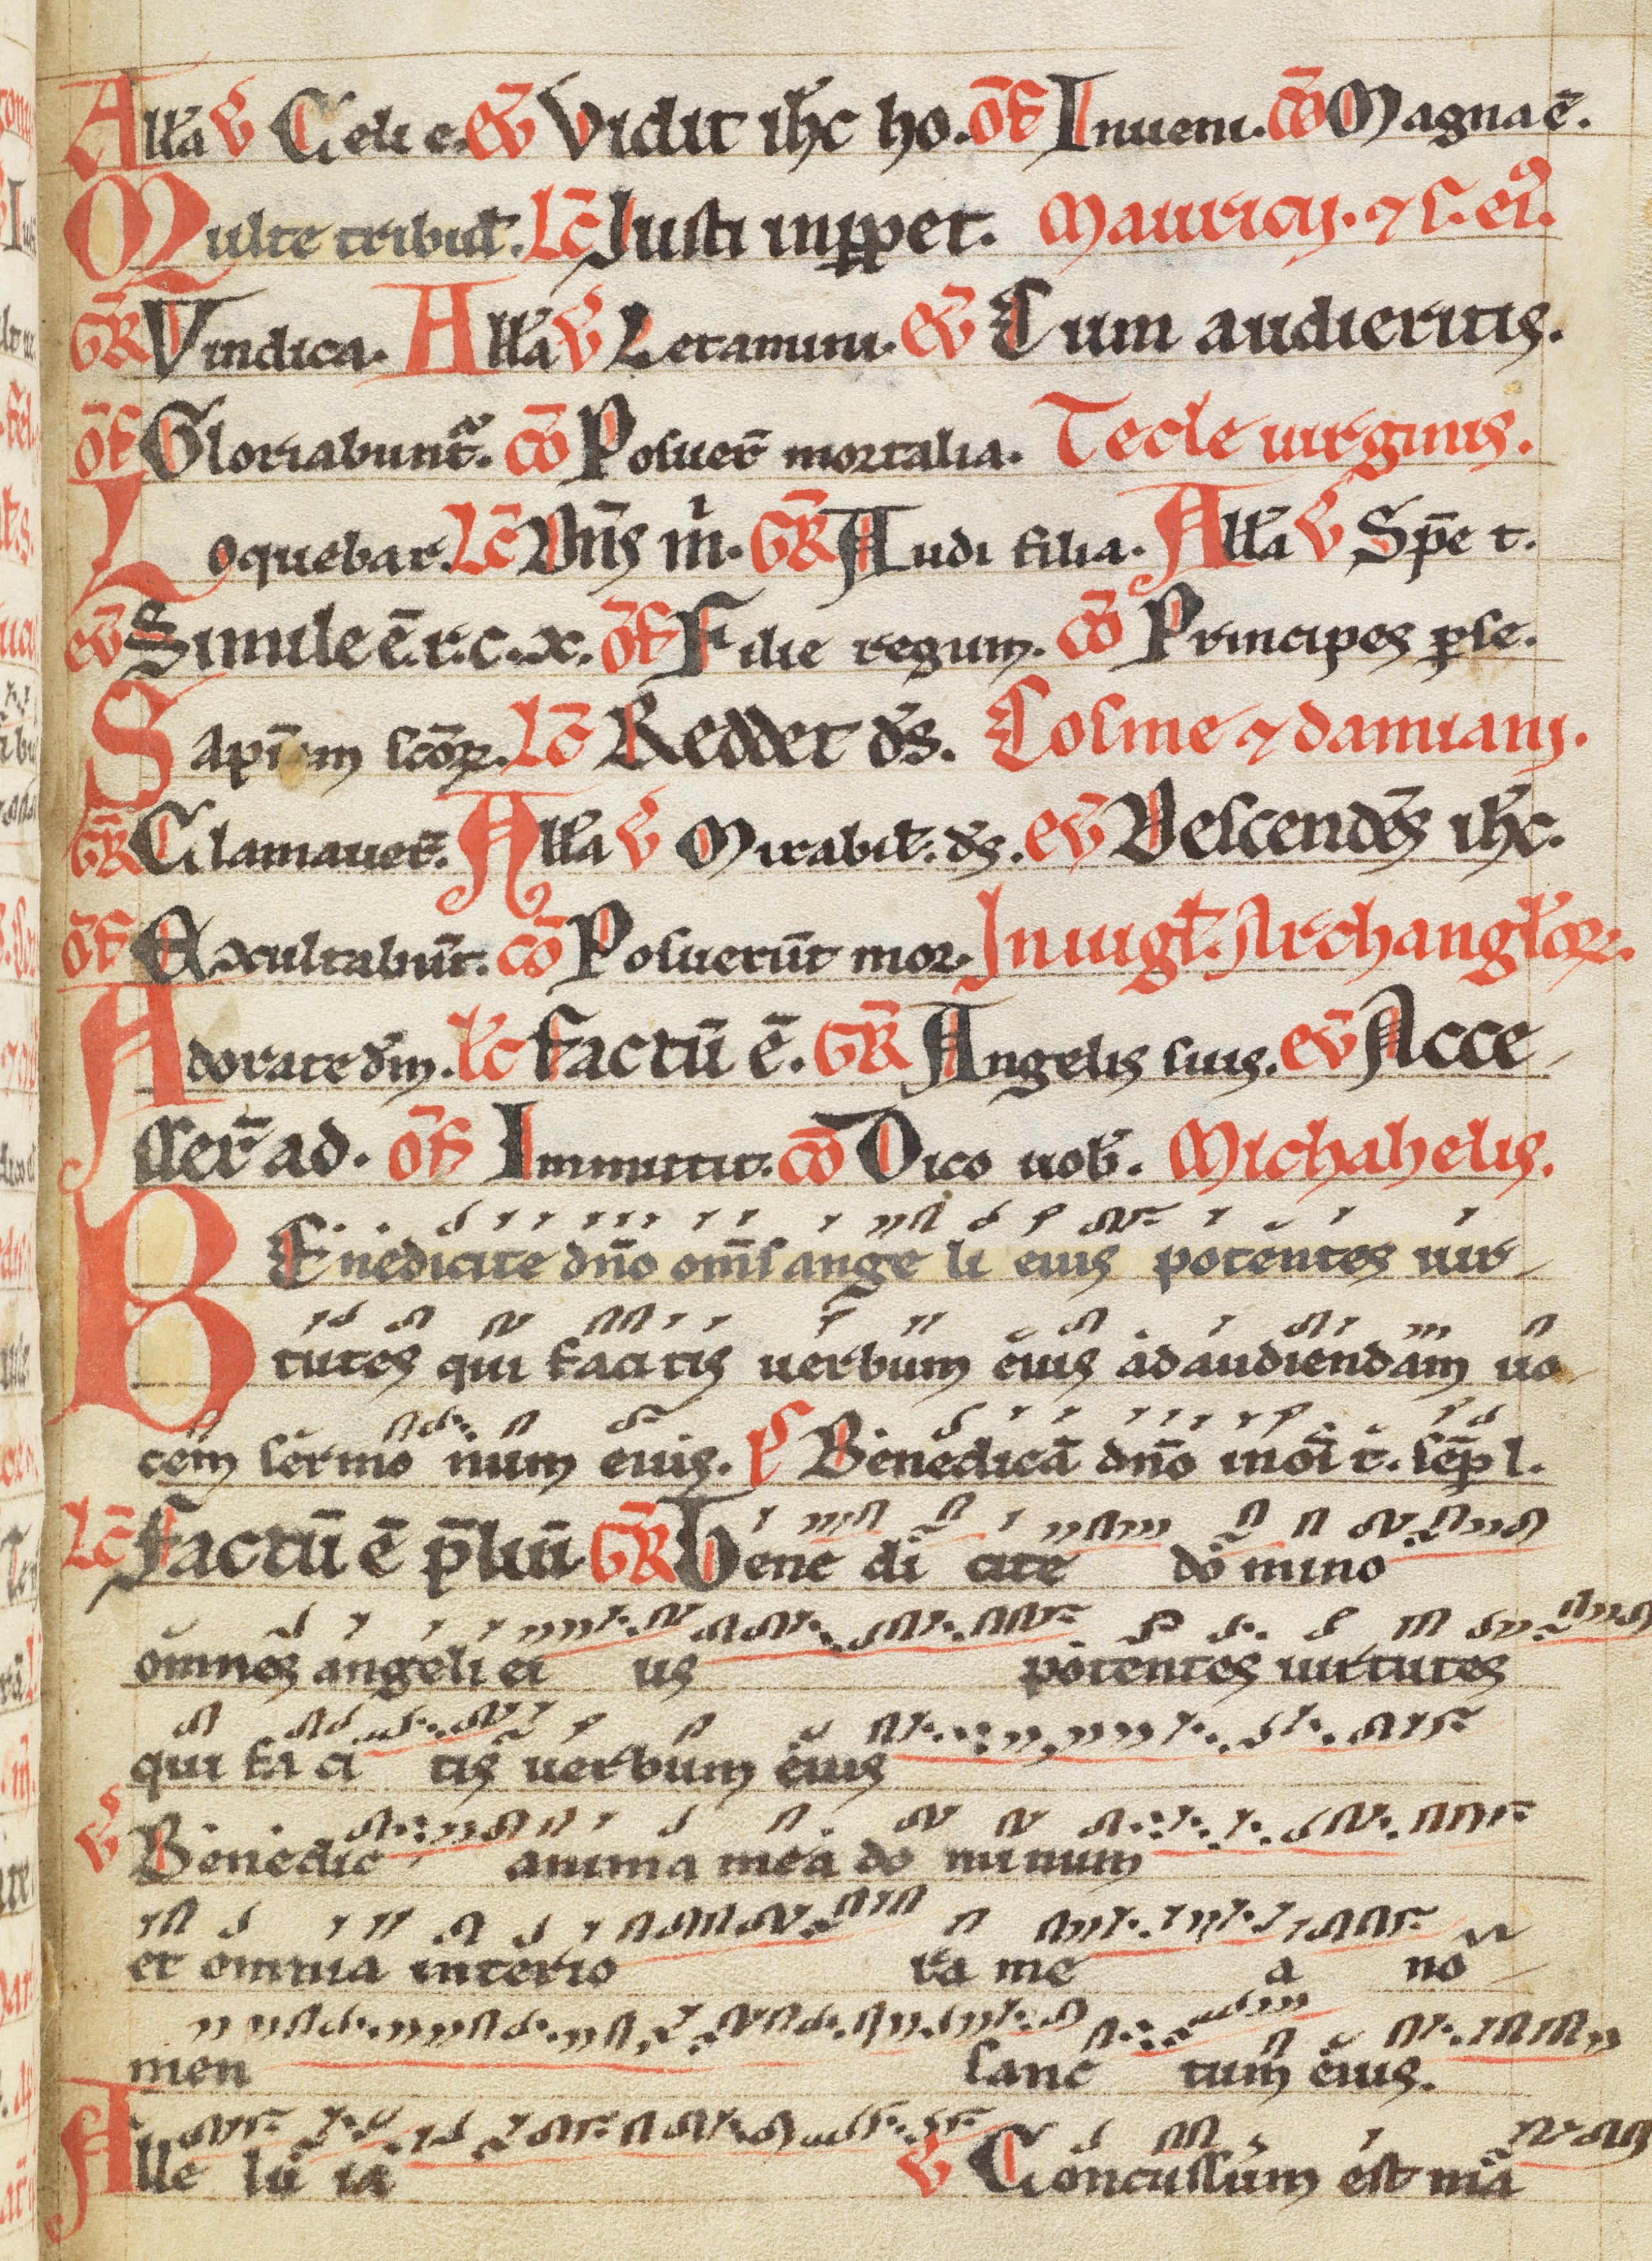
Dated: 1200–1299